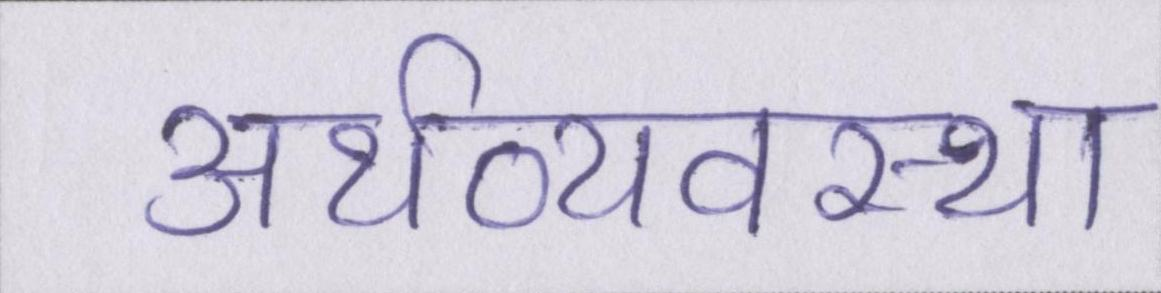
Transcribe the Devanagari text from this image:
अर्थव्यवस्था